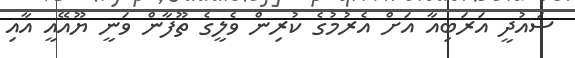
ސައުދީ އަރަބިއާ އަށް އެރުމުގެ ކުރިން ވެލީގެ ތޫފާން ވަނީ ޔޫއޭއީ އާއި